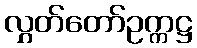
လွှတ်တော်ဥက္ကဋ္ဌ